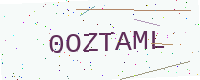
Text: 0OZTAML